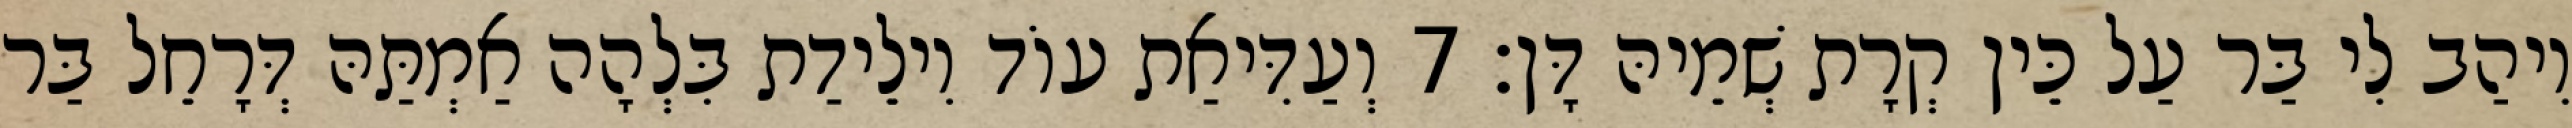
וִיהַב לִי בַּר עַל כֵּין קְרָת שְׁמֵיהּ דָּן׃ 7 וְעַדִּיאַת עוֹד וִילֵידַת בִּלְהָה אַמְתַּהּ דְּרָחֵל בַּר